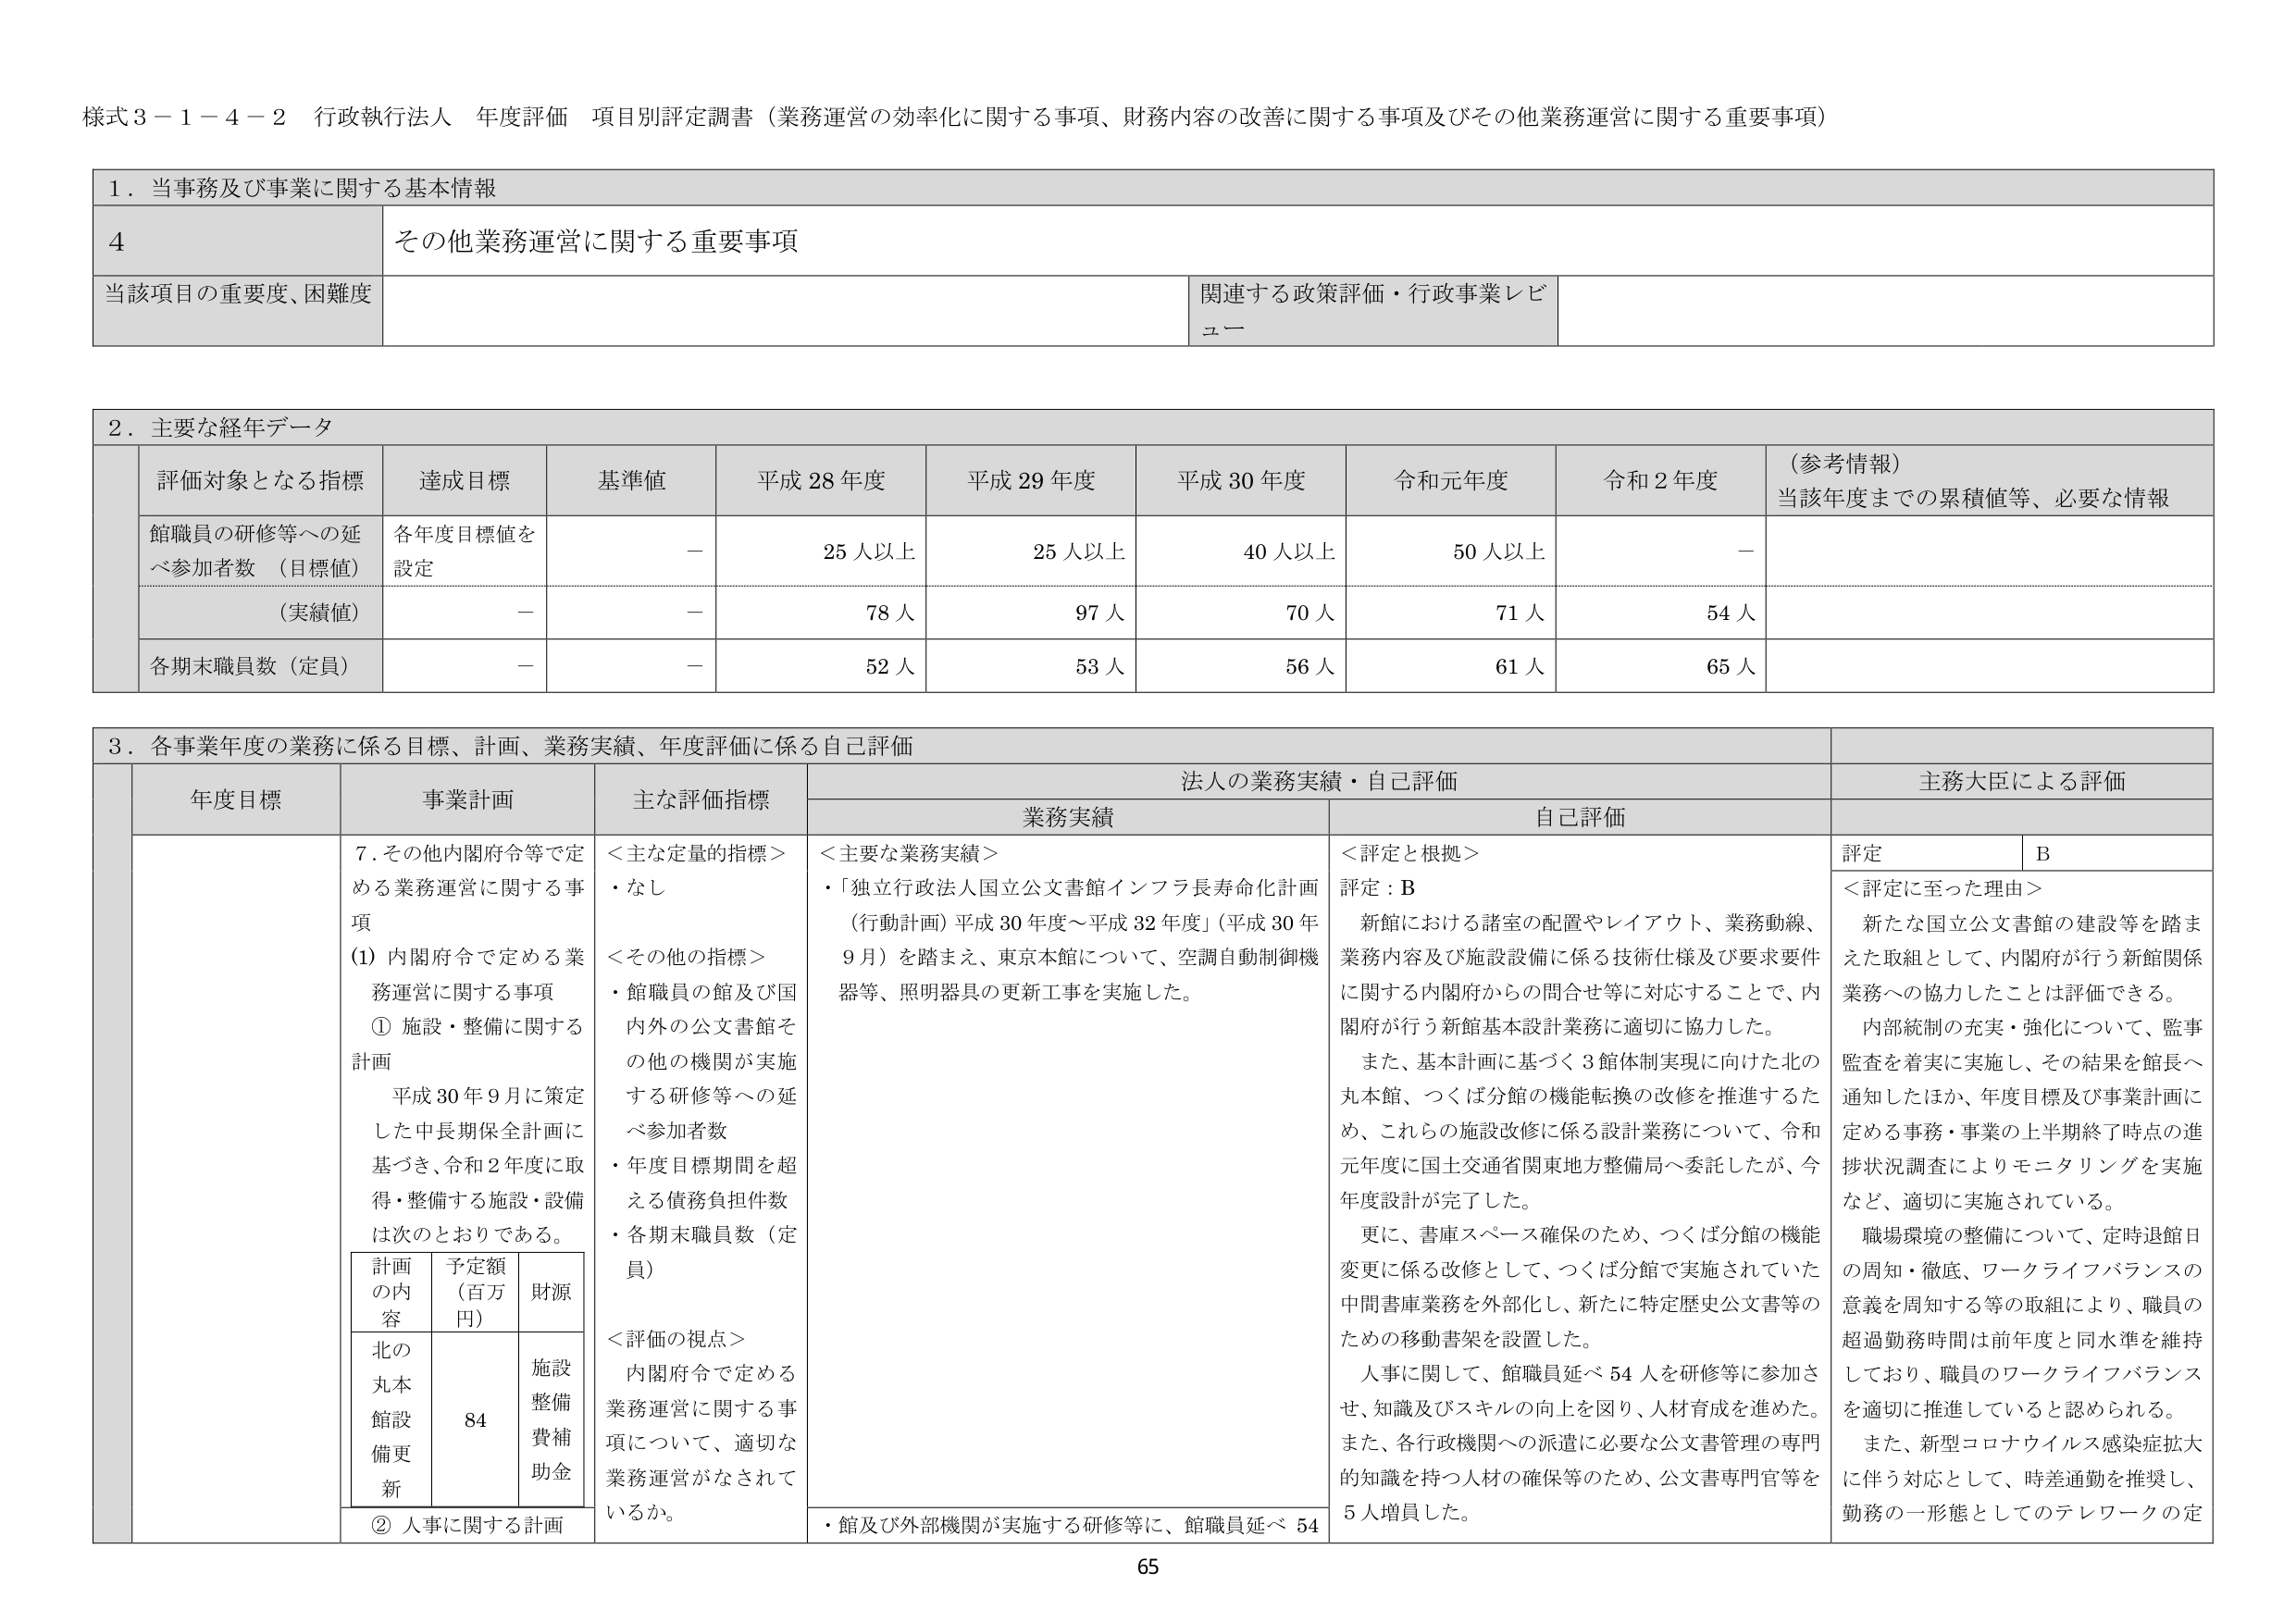
様式３－１－４－２ 行政執行法人 年度評価 項目別評定調書（業務運営の効率化に関する事項、財務内容の改善に関する事項及びその他業務運営に関する重要事項）

１．当事務及び事業に関する基本情報

４ その他業務運営に関する重要事項

当該項目の重要度、困難度 関連する政策評価・行政事業レビュー

２．主要な経年データ

評価対象となる指標 達成目標 基準値 平成28年度 平成29年度 平成30年度 令和元年度 令和2年度 （参考情報）当該年度までの累積値等、必要な情報

館職員の研修等への延べ参加者数（目標値） 各年度目標値を設定 － 25人以上 25人以上 40人以上 50人以上 －

（実績値） － － 78人 97人 70人 71人 54人

各期末職員数（定員） － － 52人 53人 56人 61人 65人

３．各事業年度の業務に係る目標、計画、業務実績、年度評価に係る自己評価

年度目標 事業計画 主な評価指標 法人の業務実績・自己評価 主務大臣による評価

業務実績 自己評価

７．その他内閣府令等で定める業務運営に関する事項

（1）内閣府令で定める業務運営に関する事項

① 施設・整備に関する計画

平成30年9月に策定した中長期保全計画に基づき、令和2年度に取得・整備する施設・設備は次のとおりである。

計画の内容 予定額（百万円） 財源

北の丸本館設備更新 84 施設整備費補助金

② 人事に関する計画

＜主な定量的指標＞
・なし

＜その他の指標＞
・館職員の館及び国内外の公文書館その他の機関が実施する研修等への延べ参加者数
・年度目標期間を超える債務負担件数
・各期末職員数（定員）

＜評価の視点＞
内閣府令で定める業務運営に関する事項について、適切な業務運営がなされているか。

＜主要な業務実績＞
・「独立行政法人国立公文書館インフラ長寿命化計画（行動計画）平成30年度～平成32年度」（平成30年9月）を踏まえ、東京本館について、空調自動制御機器等、照明器具の更新工事を実施した。

・館及び外部機関が実施する研修等に、館職員延べ54

＜評定と根拠＞
評定：B

新館における諸室の配置やレイアウト、業務動線、業務内容及び施設設備に係る技術仕様及び要求要件に関する内閣府からの問合せ等に対応することで、内閣府が行う新館基本設計業務に適切に協力した。

また、基本計画に基づく3館体制実現に向けた北の丸本館、つくば分館の機能転換の改修を推進するため、これらの施設改修に係る設計業務について、令和元年度に国土交通省関東地方整備局へ委託したが、今年度設計が完了した。

更に、書庫スペース確保のため、つくば分館の機能変更に係る改修として、つくば分館で実施されていた中間書庫業務を外部化し、新たに特定歴史公文書等のための移動書架を設置した。

人事に関して、館職員延べ54人を研修等に参加させ、知識及びスキルの向上を図り、人材育成を進めた。また、各行政機関への派遣に必要な公文書管理の専門的知識を持つ人材の確保等のため、公文書専門官等を5人増員した。

評定 B

＜評定に至った理由＞
新たな国立公文書館の建設等を踏まえた取組として、内閣府が行う新館関係業務への協力したことは評価できる。

内部統制の充実・強化について、監事監査を着実に実施し、その結果を館長へ通知したほか、年度目標及び事業計画に定める事務・事業の上半期終了時点の進捗状況調査によりモニタリングを実施など、適切に実施されている。

職場環境の整備について、定時退館日の周知・徹底、ワークライフバランスの意義を周知する等の取組により、職員の超過勤務時間は前年度と同水準を維持しており、職員のワークライフバランスを適切に推進していると認められる。

また、新型コロナウイルス感染症拡大に伴う対応として、時差通勤を推奨し、勤務の一形態としてのテレワークの定

65